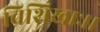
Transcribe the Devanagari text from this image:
विशिखाः।।